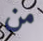
من